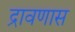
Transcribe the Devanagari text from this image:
द्रावणास